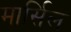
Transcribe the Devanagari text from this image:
मार्सिल